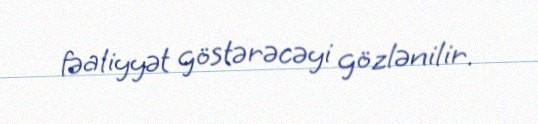
fəaliyyət göstərəcəyi gözlənilir.